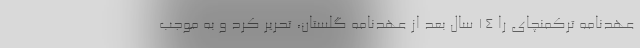
عهدنامه ترکمنچای را 14 سال بعد از عهدنامه گلستان، تحریر کرد و به موجب